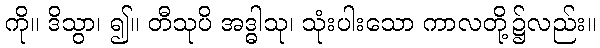
ကို။ ဒိသွာ၊ ၍။ တီသုပိ အဒ္ဓါသု၊ သုံးပါးသော ကာလတို့၌လည်း။